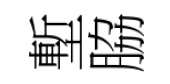
塹脇